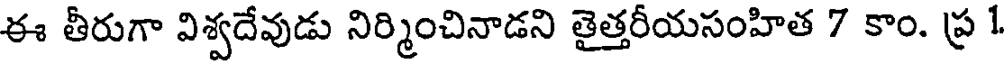
ఈ తీరుగా విశ్వదేవుడు నిర్మించినాడని తైత్తరీయసంహిత 7 కాం. ప్ర 1